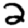
Digit: 2